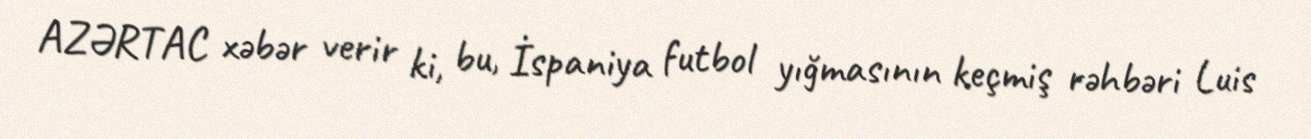
AZƏRTAC xəbər verir ki, bu, İspaniya futbol yığmasının keçmiş rəhbəri Luis